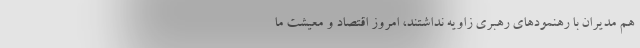
هم مدیران با رهنمودهای رهبری زاویه نداشتند، امروز اقتصاد و معیشت ما